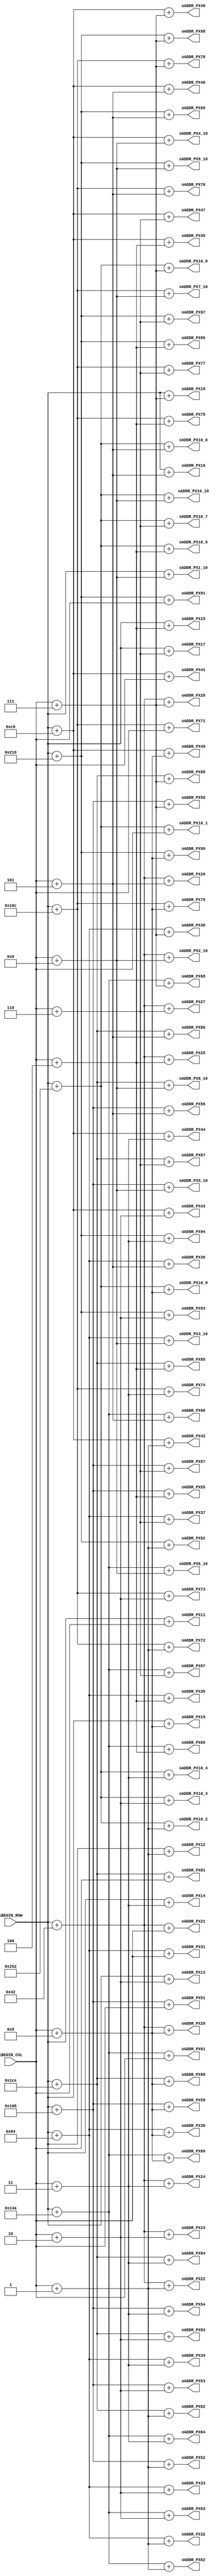
module DecoderAddrCell(

input [13:0] iBEGIN_ROW,
input [6:0] iBEGIN_COL,
output [13:0] oADDR_PX11, oADDR_PX12, oADDR_PX13, oADDR_PX14, oADDR_PX15, oADDR_PX16, oADDR_PX17, oADDR_PX18, oADDR_PX19, oADDR_PX1_10, 
output [13:0] oADDR_PX21, oADDR_PX22, oADDR_PX23, oADDR_PX24, oADDR_PX25, oADDR_PX26, oADDR_PX27, oADDR_PX28, oADDR_PX29, oADDR_PX2_10, 
output [13:0] oADDR_PX31, oADDR_PX32, oADDR_PX33, oADDR_PX34, oADDR_PX35, oADDR_PX36, oADDR_PX37, oADDR_PX38, oADDR_PX39, oADDR_PX3_10, 
output [13:0] oADDR_PX41, oADDR_PX42, oADDR_PX43, oADDR_PX44, oADDR_PX45, oADDR_PX46, oADDR_PX47, oADDR_PX48, oADDR_PX49, oADDR_PX4_10, 
output [13:0] oADDR_PX51, oADDR_PX52, oADDR_PX53, oADDR_PX54, oADDR_PX55, oADDR_PX56, oADDR_PX57, oADDR_PX58, oADDR_PX59, oADDR_PX5_10, 
output [13:0] oADDR_PX61, oADDR_PX62, oADDR_PX63, oADDR_PX64, oADDR_PX65, oADDR_PX66, oADDR_PX67, oADDR_PX68, oADDR_PX69, oADDR_PX6_10, 
output [13:0] oADDR_PX71, oADDR_PX72, oADDR_PX73, oADDR_PX74, oADDR_PX75, oADDR_PX76, oADDR_PX77, oADDR_PX78, oADDR_PX79, oADDR_PX7_10, 
output [13:0] oADDR_PX81, oADDR_PX82, oADDR_PX83, oADDR_PX84, oADDR_PX85, oADDR_PX86, oADDR_PX87, oADDR_PX88, oADDR_PX89, oADDR_PX8_10, 
output [13:0] oADDR_PX91, oADDR_PX92, oADDR_PX93, oADDR_PX94, oADDR_PX95, oADDR_PX96, oADDR_PX97, oADDR_PX98, oADDR_PX99, oADDR_PX9_10, 
output [13:0] oADDR_PX10_1, oADDR_PX10_2, oADDR_PX10_3, oADDR_PX10_4, oADDR_PX10_5, oADDR_PX10_6, oADDR_PX10_7, oADDR_PX10_8, oADDR_PX10_9, oADDR_PX10_10

);

  wire [6:0] col0, col1, col2, col3, col4, col5, col6, col7, col8, col9;
  wire [13:0] row0, row1, row2, row3, row4, row5, row6, row7, row8, row9;
  wire [6:0] sizeOfRow;
  assign sizeOfRow = 7'd66; // A row includes 66 pixels.
  
  assign row0 = iBEGIN_ROW;//0
  assign row1 = iBEGIN_ROW + sizeOfRow;
  assign row2 = iBEGIN_ROW + ( 2'd2 * sizeOfRow) ;
  assign row3 = iBEGIN_ROW + ( 2'd3 * sizeOfRow) ;
  assign row4 = iBEGIN_ROW + ( 3'd4 * sizeOfRow) ;
  assign row5 = iBEGIN_ROW + ( 3'd5 * sizeOfRow) ;
  assign row6 = iBEGIN_ROW + ( 3'd6 * sizeOfRow) ;
  assign row7 = iBEGIN_ROW + ( 3'd7 * sizeOfRow) ;
  assign row8 = iBEGIN_ROW + ( 4'd8 * sizeOfRow) ;
  assign row9 = iBEGIN_ROW + ( 4'd9 * sizeOfRow) ;
  
  assign col0 = iBEGIN_COL;//24
  assign col1 = iBEGIN_COL + 1'd1;
  assign col2 = iBEGIN_COL + 2'd2;
  assign col3 = iBEGIN_COL + 2'd3;
  assign col4 = iBEGIN_COL + 3'd4;
  assign col5 = iBEGIN_COL + 3'd5;
  assign col6 = iBEGIN_COL + 3'd6;
  assign col7 = iBEGIN_COL + 3'd7;
  assign col8 = iBEGIN_COL + 4'd8;
  assign col9 = iBEGIN_COL + 4'd9;
  
  // 1st row  
  assign oADDR_PX11 = row0 + col0;
  assign oADDR_PX12 = row0 + col1;
  assign oADDR_PX13 = row0 + col2;
  assign oADDR_PX14 = row0 + col3;
  assign oADDR_PX15 = row0 + col4;
  assign oADDR_PX16 = row0 + col5;
  assign oADDR_PX17 = row0 + col6;
  assign oADDR_PX18 = row0 + col7;
  assign oADDR_PX19 = row0 + col8;
  assign oADDR_PX1_10 = row0 + col9;
  // 2nd row
  assign oADDR_PX21 = row1 + col0;
  assign oADDR_PX22 = row1 + col1;
  assign oADDR_PX23 = row1 + col2;
  assign oADDR_PX24 = row1 + col3;
  assign oADDR_PX25 = row1 + col4;
  assign oADDR_PX26 = row1 + col5;
  assign oADDR_PX27 = row1 + col6;
  assign oADDR_PX28 = row1 + col7;
  assign oADDR_PX29 = row1 + col8;
  assign oADDR_PX2_10 = row1 + col9;
  // 3rd row
  assign oADDR_PX31 = row2 + col0;
  assign oADDR_PX32 = row2 + col1;
  assign oADDR_PX33 = row2 + col2;
  assign oADDR_PX34 = row2 + col3;
  assign oADDR_PX35 = row2 + col4;
  assign oADDR_PX36 = row2 + col5;
  assign oADDR_PX37 = row2 + col6;
  assign oADDR_PX38 = row2 + col7;
  assign oADDR_PX39 = row2 + col8;
  assign oADDR_PX3_10 = row2 + col9;
  // 4th row
  assign oADDR_PX41 = row3 + col0;
  assign oADDR_PX42 = row3 + col1;
  assign oADDR_PX43 = row3 + col2;
  assign oADDR_PX44 = row3 + col3;
  assign oADDR_PX45 = row3 + col4;
  assign oADDR_PX46 = row3 + col5;
  assign oADDR_PX47 = row3 + col6;
  assign oADDR_PX48 = row3 + col7;
  assign oADDR_PX49 = row3 + col8;
  assign oADDR_PX4_10 = row3 + col9;
  // 5th row
  assign oADDR_PX51 = row4 + col0;
  assign oADDR_PX52 = row4 + col1;
  assign oADDR_PX53 = row4 + col2;
  assign oADDR_PX54 = row4 + col3;
  assign oADDR_PX55 = row4 + col4;
  assign oADDR_PX56 = row4 + col5;
  assign oADDR_PX57 = row4 + col6;
  assign oADDR_PX58 = row4 + col7;
  assign oADDR_PX59 = row4 + col8;
  assign oADDR_PX5_10 = row4 + col9;
  // 6th row
  assign oADDR_PX61 = row5 + col0;
  assign oADDR_PX62 = row5 + col1;
  assign oADDR_PX63 = row5 + col2;
  assign oADDR_PX64 = row5 + col3;
  assign oADDR_PX65 = row5 + col4;
  assign oADDR_PX66 = row5 + col5;
  assign oADDR_PX67 = row5 + col6;
  assign oADDR_PX68 = row5 + col7;
  assign oADDR_PX69 = row5 + col8;
  assign oADDR_PX6_10 = row5 + col9;
  // 7th row
  assign oADDR_PX71 = row6 + col0;
  assign oADDR_PX72 = row6 + col1;
  assign oADDR_PX73 = row6 + col2;
  assign oADDR_PX74 = row6 + col3;
  assign oADDR_PX75 = row6 + col4;
  assign oADDR_PX76 = row6 + col5;
  assign oADDR_PX77 = row6 + col6;
  assign oADDR_PX78 = row6 + col7;
  assign oADDR_PX79 = row6 + col8;
  assign oADDR_PX7_10 = row6 + col9;
  // 8th row
  assign oADDR_PX81 = row7 + col0;
  assign oADDR_PX82 = row7 + col1;
  assign oADDR_PX83 = row7 + col2;
  assign oADDR_PX84 = row7 + col3;
  assign oADDR_PX85 = row7 + col4;
  assign oADDR_PX86 = row7 + col5;
  assign oADDR_PX87 = row7 + col6;
  assign oADDR_PX88 = row7 + col7;
  assign oADDR_PX89 = row7 + col8;
  assign oADDR_PX8_10 = row7 + col9;
  // 9th row
  assign oADDR_PX91 = row8 + col0;
  assign oADDR_PX92 = row8 + col1;
  assign oADDR_PX93 = row8 + col2;
  assign oADDR_PX94 = row8 + col3;
  assign oADDR_PX95 = row8 + col4;
  assign oADDR_PX96 = row8 + col5;
  assign oADDR_PX97 = row8 + col6;
  assign oADDR_PX98 = row8 + col7;
  assign oADDR_PX99 = row8 + col8;
  assign oADDR_PX9_10 = row8 + col9;
  // 10th row
  assign oADDR_PX10_1 = row9 + col0;
  assign oADDR_PX10_2 = row9 + col1;
  assign oADDR_PX10_3 = row9 + col2;
  assign oADDR_PX10_4 = row9 + col3;
  assign oADDR_PX10_5 = row9 + col4;
  assign oADDR_PX10_6 = row9 + col5;
  assign oADDR_PX10_7 = row9 + col6;
  assign oADDR_PX10_8 = row9 + col7;
  assign oADDR_PX10_9 = row9 + col8;
  assign oADDR_PX10_10 = row9 + col9;
  
endmodule